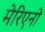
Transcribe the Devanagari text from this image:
मेरिएनो